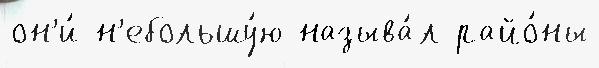
он'и́ н'ебольшу́ю называ́л райо́ны